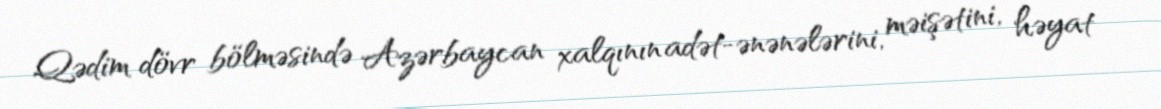
Qədim dövr bölməsində Azərbaycan xalqının adət-ənənələrini, məişətini, həyat